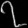
Digit: ၇